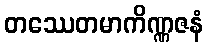
တဿေတမာကိဏ္ဏဇနံ